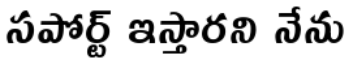
సపోర్ట్ ఇస్తారని నేను